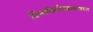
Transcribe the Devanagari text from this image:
विश्वनिर्माणशास्त्राबद्दल